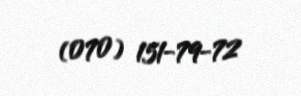
(070) 151-79-72